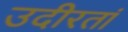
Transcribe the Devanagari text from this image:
उदीरतां